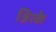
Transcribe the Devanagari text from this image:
श्नित्के